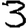
Digit: 3